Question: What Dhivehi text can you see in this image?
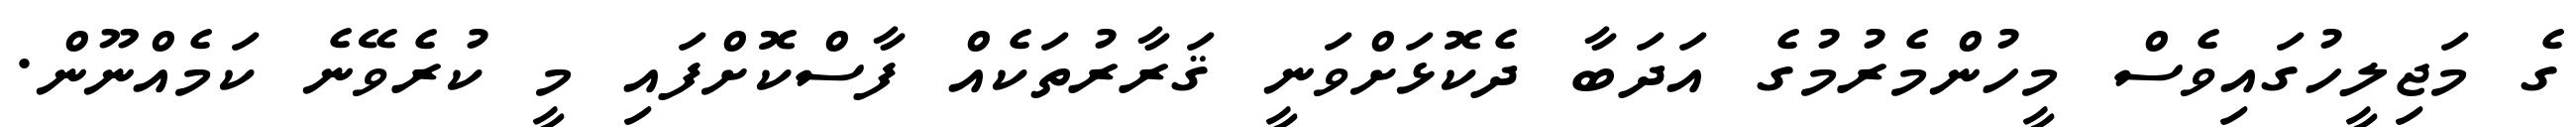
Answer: ގެ މަޖިލީހުގައިވެސް މީހުންމެރުމުގެ އަދަބާ ދެކޮޅަށްވަނީ ޤަރާރުތަކެއް ފާސްކޮށްފައި މީ ކުރެވޭނެ ކަމެއްނޫން.